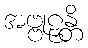
အဗ္ဗုဠှန္တိ